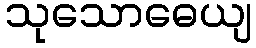
သုသောဓေယျ